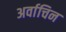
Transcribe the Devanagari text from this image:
अर्वाचिन